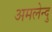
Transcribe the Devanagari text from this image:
अमलेन्दु